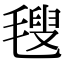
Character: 𣯜